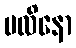
ဗလိနော